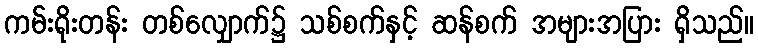
ကမ်းရိုးတန်း တစ်လျှောက်၌ သစ်စက်နှင့် ဆန်စက် အများအပြား ရှိသည်။